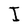
Character: I